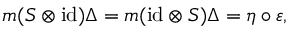
m ( S \otimes \mathrm { i d } ) \Delta = m ( \mathrm { i d } \otimes S ) \Delta = \eta \circ \varepsilon ,